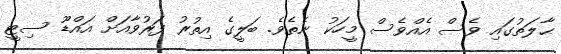
ޙާލަތުގައި ވެސް އެއްވެސް މީހަކު ނެތެވެ. ބަލީގެ އިތުރު ފަރުވާއަށް އައްޑޫ ސިޓީ